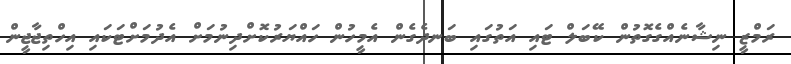
ރަމްޒީ ނިޝާނެއްގެގޮތުން ކޭބަލް ޓައި އަތުގައި ބަނދެގެން އެމީހުން ހައްޔަރުކޮށްދިނުމަށް އެދުމަށްޓަކައި އިހްތިޖާޖީން